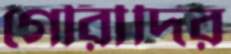
গৌরীদির